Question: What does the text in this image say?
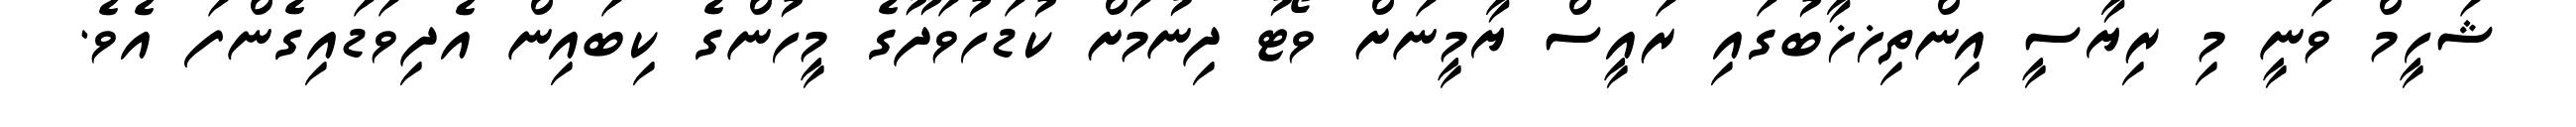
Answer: ޝަހީމް ވަނީ މި ރިޔާސީ އިންތިޚޚާބުގައި ރައީސް ޔާމީނަށް ވޯޓު ދިނުމަށް ކުޑަހުވަދޫގެ މީހުންގެ ކިބައިން އެދިވަޑައިގެންފަ އެވެ.